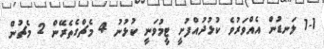
1-1 ލަނޑުން އެއްވަރުވެ ކުޅުދުއްފުށީ ޓީމުވަނީ ކުޅުނު 4 މެޗްގެތެރޭން 2 މެޗުން